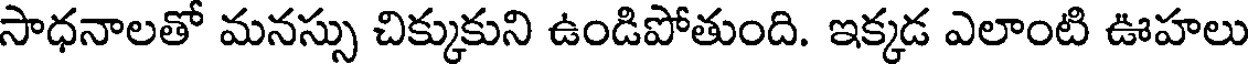
సాధనాలతో మనస్సు చిక్కుకుని ఉండిపోతుంది. ఇక్కడ ఎలాంటి ఊహలు